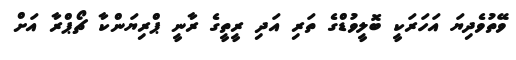
ވޭތުވެދިޔަ އަހަރަކީ ބޮލީވުޑްގެ ތަރި އަދި ރީތީގެ ރާނީ ޕްރިޔަންކާ ޗޯޕްރާ އަށް